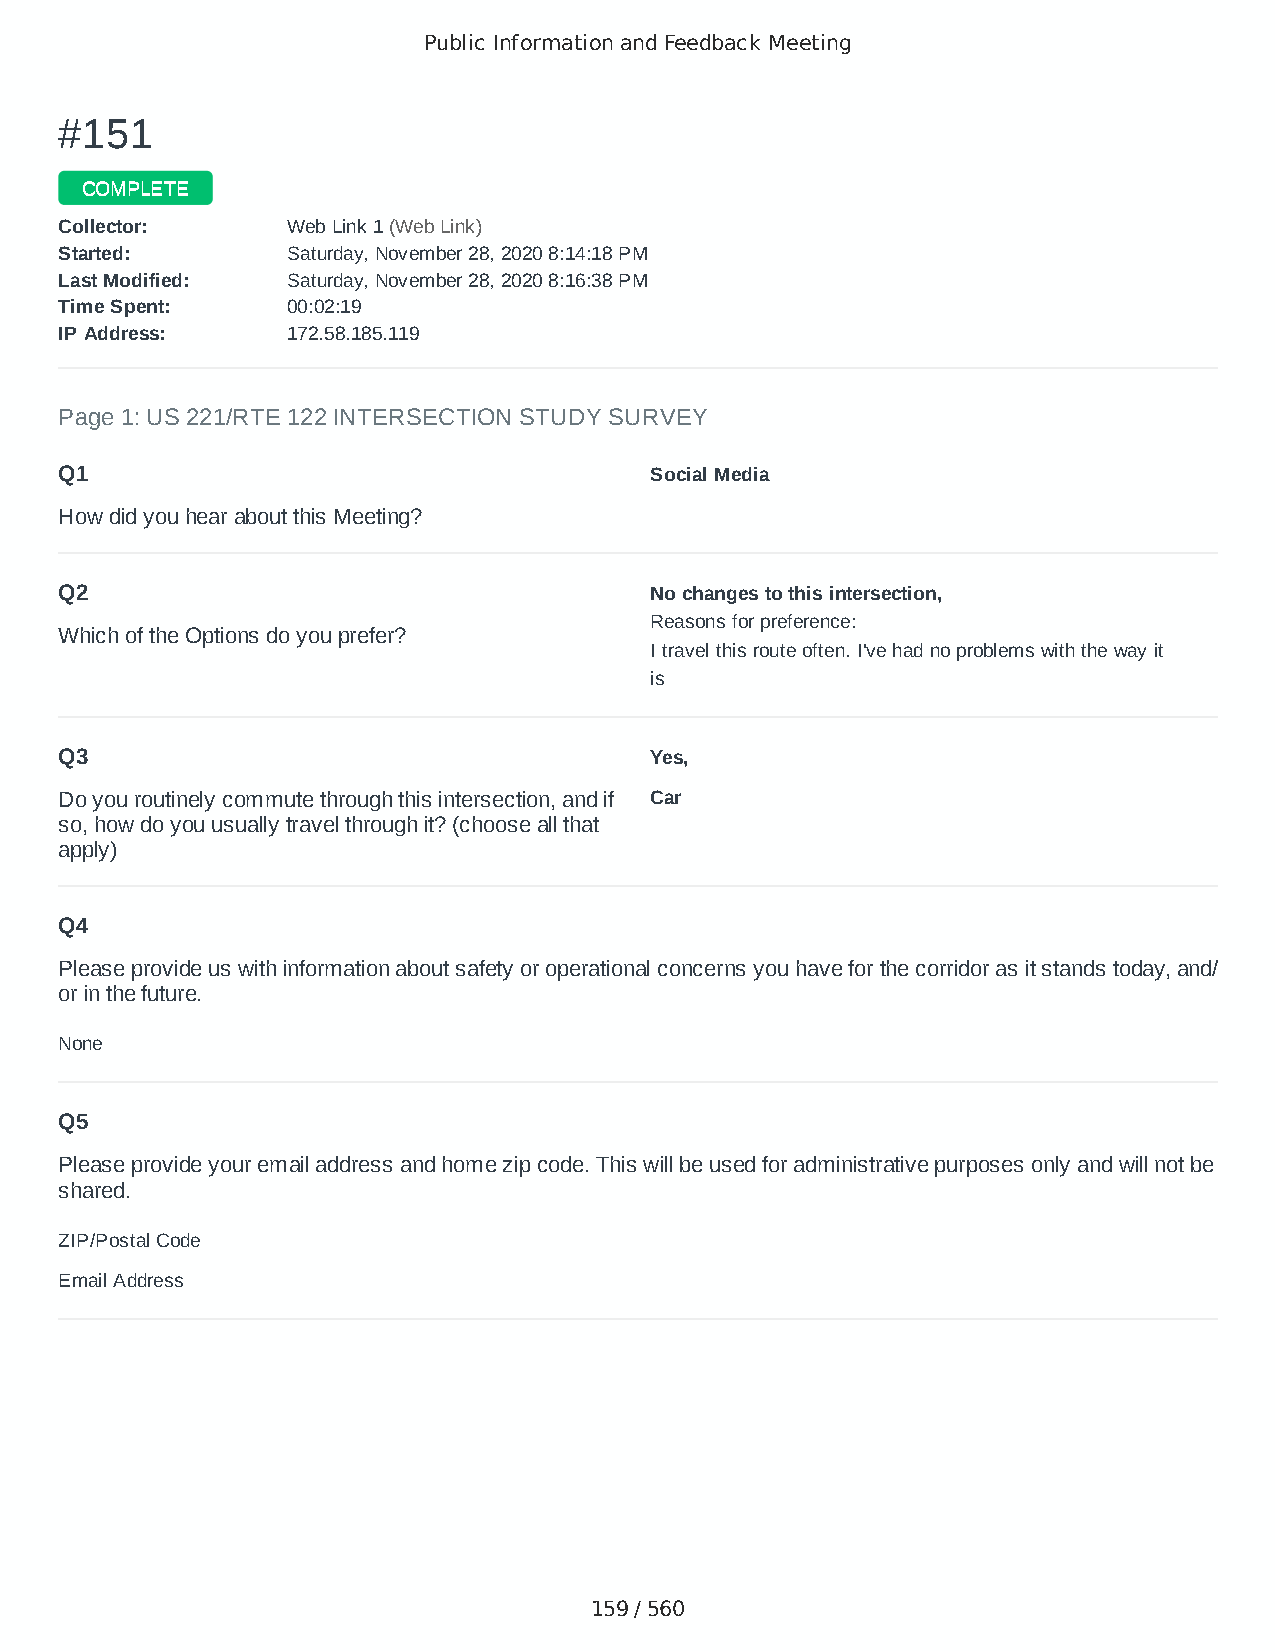
Public Information and Feedback Meeting
 ##115511
 CCOOMMPPLLEETTEE
 CCoolllleeccttoorr:: WWeebb LLiinnkk 11 ((WWeebb LLiinnkk))
 SSttaarrtteedd:: SSaattuurrddaayy,, NNoovveemmbbeerr 2288,, 22002200 88::1144::1188 PPMM
 LLaasstt MMooddiiffiieedd:: SSaattuurrddaayy,, NNoovveemmbbeerr 2288,, 22002200 88::1166::3388 PPMM
 TTiimmee SSppeenntt:: 0000::0022::1199
 IIPP AAddddrreessss:: 117722..5588..118855..111199
 Page 1: US 221/RTE 122 INTERSECTION STUDY SURVEY
 Q1                                     Social Media
 How did you hear about this Meeting?
 Q2                                     No changes to this intersection,
 Reasons for preference:
 Which of the Options do you prefer?
 I travel this route often. I've had no problems with the way it
 is
 Q3                                     Yes,
 Do you routinely commute through this intersection, and if Car
 so, how do you usually travel through it? (choose all that
 apply)
 Q4
 Please provide us with information about safety or operational concerns you have for the corridor as it stands today, and/
 or in the future.
 None
 Q5
 Please provide your email address and home zip code. This will be used for administrative purposes only and will not be
 shared.
 ZIP/Postal Code                        24122
 Email Address                          mariecorrell@gmail.com
 159 / 560